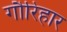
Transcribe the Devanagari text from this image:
गौरिहार